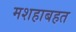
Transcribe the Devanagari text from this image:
मशहाबहत